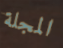
المجلة